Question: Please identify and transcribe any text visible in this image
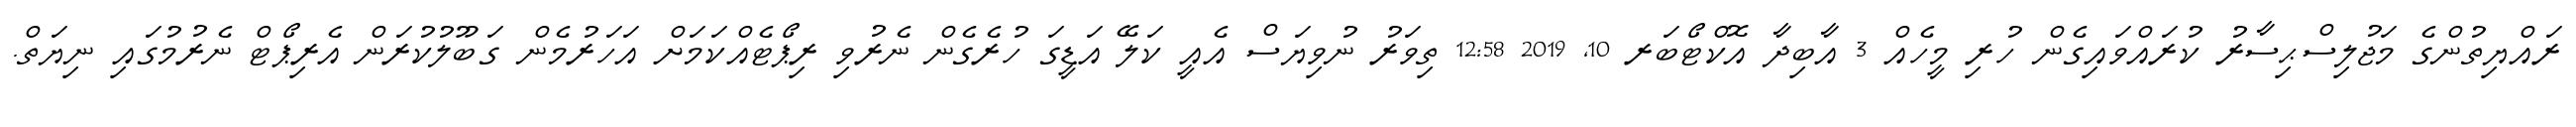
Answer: ރައްޔިތުންގެ މަޖުލިސްޙިސާރު ކުރައްވައިގެން ހުރި މީހެއް 3 އާބިދާ އޮކްޓޯބަރ 10, 2019 12:58 ތިވަރު ނުވިޔަސް އެއީ ކަލޭ އަޑީގަ ހުރެގެން ނެރުވި ރިޕޯޓެއްކަމަށް އަހަރުމެން ގަބޫލުކުރަން އެރިޕޯޓް ނެރުމުގައި ނިޔަތް.